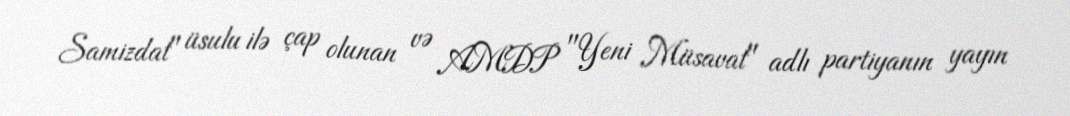
Samizdat" üsulu ilə çap olunan və AMDP "Yeni Müsavat" adlı partiyanın yayın